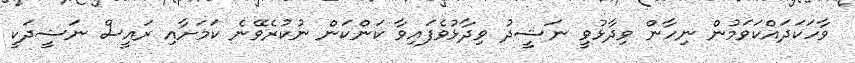
ވާހަކަދައްކަވަމުން ނިހާން ވިދާޅުވީ ނަޝީދު ވިދާޅުވެފައިވާ ކަންކަން ނުކުރެވޭނެ ކަމަށާއި ރައީސް ނަޝީދަކީ